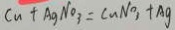
C u + A g N O _ { 3 } = C u N O _ { 3 } + A g